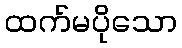
ထက်မပိုသော